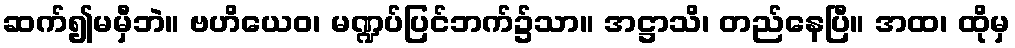
ဆက်၍မမှီဘဲ။ ဗဟိယေဝ၊ မဏ္ဍပ်ပြင်ဘက်၌သာ။ အဋ္ဌာသိ၊ တည်နေပြီ။ အထ၊ ထိုမှ